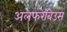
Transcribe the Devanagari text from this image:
अलफरेबिउस